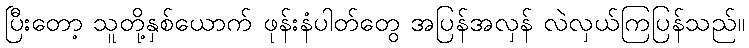
ပြီးတော့ သူတို့နှစ်ယောက် ဖုန်းနံပါတ်တွေ အပြန်အလှန် လဲလှယ်ကြပြန်သည်။